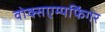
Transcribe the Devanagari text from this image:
वोक्सएम्पफिंगर